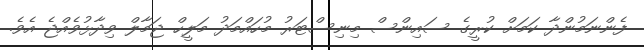
ފެންނަމުންދާ ކަމަށް ކުރީގެ ސައިންސް މިނިސްޓަރު މުހައްމަދު މަލީހް ޖަމާލް ވިދާޅުވެއްޖެ އެވެ.